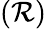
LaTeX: (\mathcal{R})